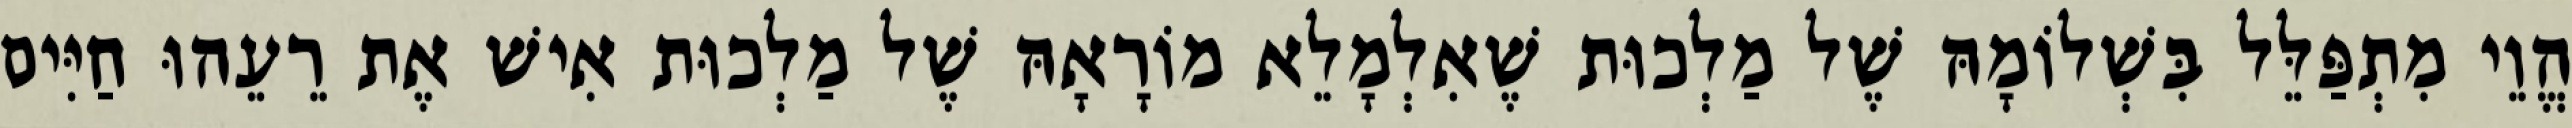
הֱוֵי מִתְפַּלֵּל בִּשְׁלוֹמָהּ שֶׁל מַלְכוּת שֶׁאִלְמָלֵא מוֹרָאָהּ שֶׁל מַלְכוּת אִישׁ אֶת רֵעֵהוּ חַיִּים